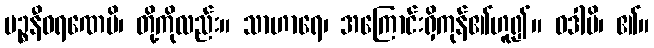
ပဉ္စနီဝရဏေပိ၊ တို့ကိုလည်း။ သာဟာရေ၊ အကြောင်းရှိကုန်၏ဟူ၍။ ဝဒါမိ၊ ၏။